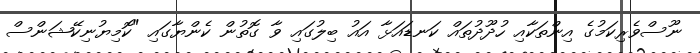
ނޫސްވެރިކަމުގެ އިންތަކާއި ހުދޫދުތައް ކަނޑައަޅާ އައު ބިލުގައި ވާ ގޮތުން ކެންޔާގައި "ކޮމިޔުނިކޭޝަންސް